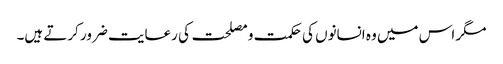
مگر اس میں وہ انسانوں کی حکمت و مصلحت کی رعایت ضرور کرتے ہیں۔